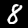
Label: 8